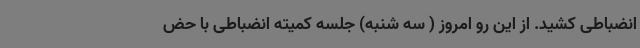
انضباطی کشید. از این رو امروز ( سه شنبه) جلسه کمیته انضباطی با حض